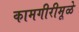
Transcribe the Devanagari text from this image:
कामगीरीमूळे